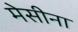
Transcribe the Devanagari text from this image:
मेसीना